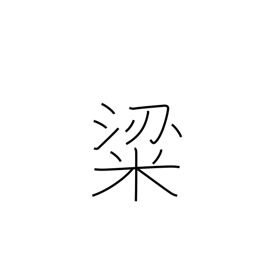
Meaning: high quality rice